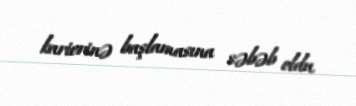
karierinə başlamasına səbəb oldu.